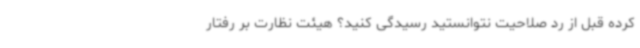
کرده قبل از رد صلاحیت نتوانستید رسیدگی کنید؟ هیئت نظارت بر رفتار